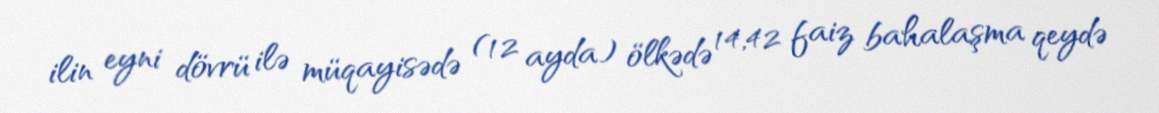
ilin eyni dövrü ilə müqayisədə (12 ayda) ölkədə 14,42 faiz bahalaşma qeydə